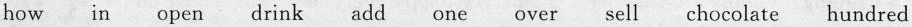
how in open drink add one over sell chocolate hundred